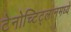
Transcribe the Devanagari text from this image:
टेनोच्टिट्लानमध्ये